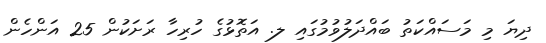
ދިޔަ މި މަސައްކަތު ބައްދަލުވުމުގައި ލ. އަތޮޅުގެ ހުރިހާ ރަށަކުން 25 އަންހެން